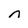
Character: n